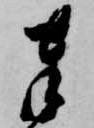
奉